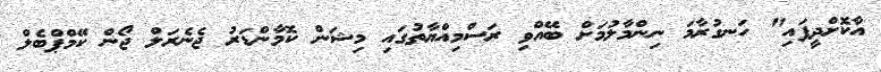
އާކޮށްދީފައި" ހަނގުރާމަ ނިންމާލުމަށް ބޭއްވި ރަސްމިއްޔާތުގައި މިޝަން ކޮމާންޑަރު ޖެނެރަލް ޖޯން ކޭމްޕްބެލް